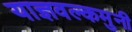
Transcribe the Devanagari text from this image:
याज्ञवल्कमुनी